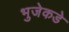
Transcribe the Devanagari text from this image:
भुजेकडे